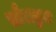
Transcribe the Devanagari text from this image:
सौराष्ट्रज